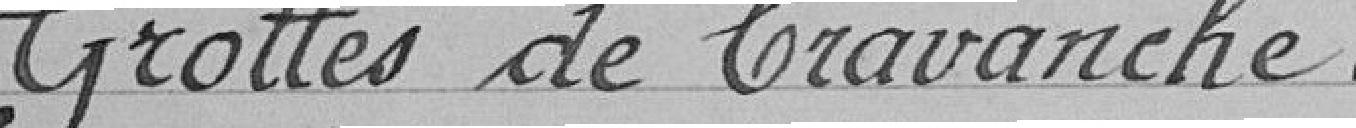
Grottes de Cravanche